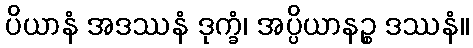
ပိယာနံ အဒဿနံ ဒုက္ခံ၊ အပ္ပိယာနဉ္စ ဒဿနံ။